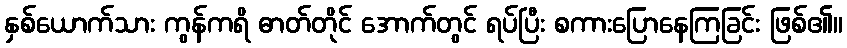
နှစ်ယောက်သား ကွန်ကရိ ဓာတ်တိုင် အောက်တွင် ရပ်ပြီး စကားပြောနေကြခြင်း ဖြစ်၏။